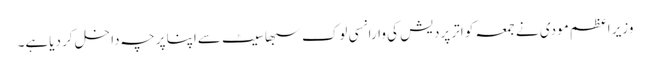
وزیر اعظم مودی نے جمعہ کو اتر پردیش کی وارانسی لوک سبھا سیٹ سےاپنا پرچہ داخل کر دیاہے۔